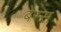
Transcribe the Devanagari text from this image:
बेस्स